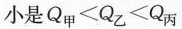
小是$$Q _ { 甲 } < Q _ { 乙 } < Q _ { 丙 }$$